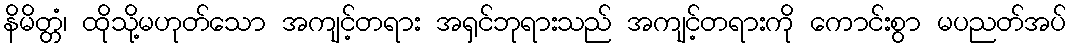
နိမိတ္တံ၊ ထိုသို့မဟုတ်သော အကျင့်တရား အရှင်ဘုရားသည် အကျင့်တရားကို ကောင်းစွာ မပညတ်အပ်